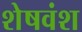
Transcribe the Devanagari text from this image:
शेषवंश